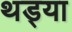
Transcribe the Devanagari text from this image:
थड्या